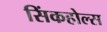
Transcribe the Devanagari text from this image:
सिंकहोल्स